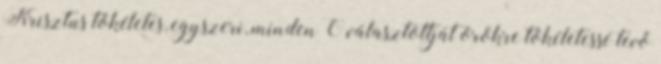
Krisztus tökéletes, egyszeri, minden Ő választottját örökre tökéletessé tevő